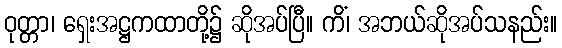
ဝုတ္တာ၊ ရှေးအဋ္ဌကထာတို့၌ ဆိုအပ်ပြီ။ ကိံ၊ အဘယ်ဆိုအပ်သနည်း။